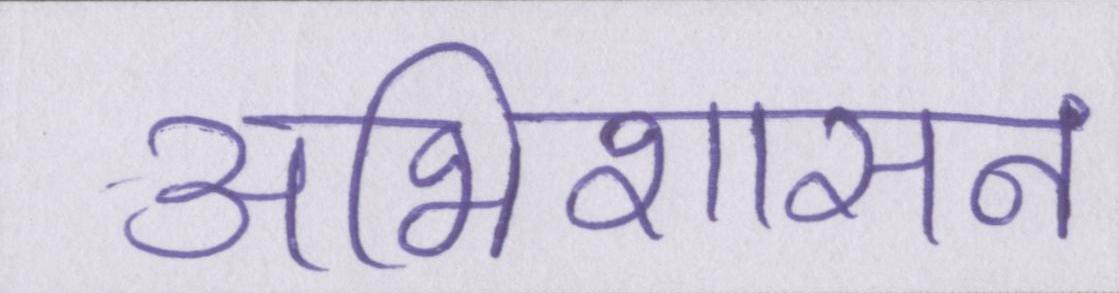
अभिशासन